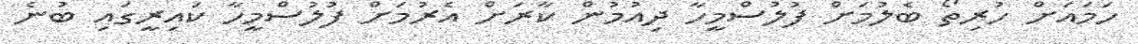
ހަމައަށް ހުރިތޯ ބެލުމަށް ފުލުސްމީހާ ދިއުމުން ކާރަށް އެރުމަށް ފުލުސްމީހާ ކައިރީގައި ބުނެ